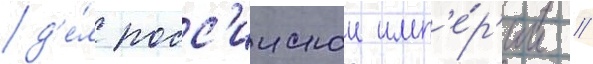
д'е́л росс'иискои имп'е́р'ии //